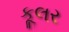
કૂલર